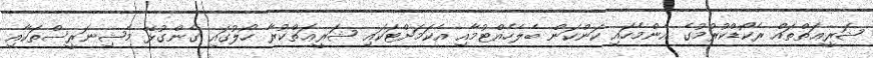
ޝަރީޢަތްތައް ރެކޯޑްކުރުމުގެ އެންމެހައި ކަންކަން ބެލެހެއްޓުމާއި އެކަމަށްޓަކައި ޝަރީޢަތްކުރާ ހޯލުގައި ގެންގުޅޭ މެޝިނަރީސްތަކާއި